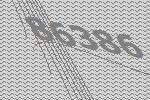
86386